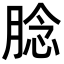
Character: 腍